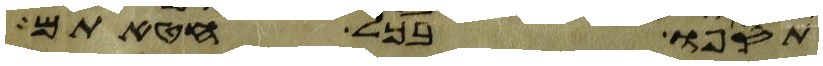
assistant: תספו בכל חטאתם